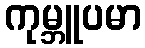
ကုမ္ဘူပမာ